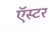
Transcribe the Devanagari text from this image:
ऍस्टर